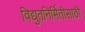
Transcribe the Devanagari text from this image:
विद्युतनिर्मितीसाठी